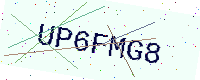
Text: UP6FMG8